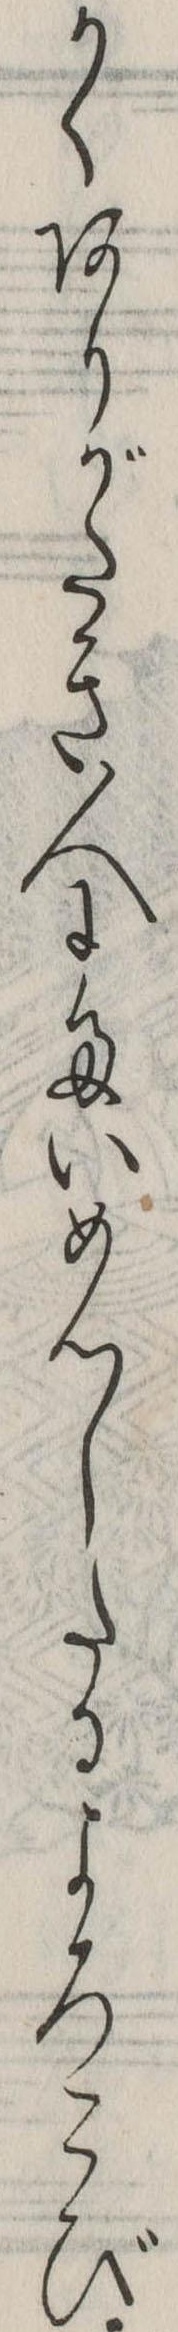
かくありがたき人にたいめんしたるよろこび